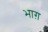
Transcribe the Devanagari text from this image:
भाग़